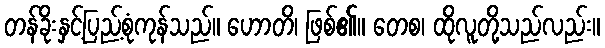
တန်ခိုးနှင့်ပြည့်စုံကုန်သည်။ ဟောတိ၊ ဖြစ်၏။ တေစ၊ ထိုလူတို့သည်လည်း။